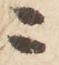
ニ